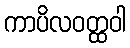
ကာပိလဝတ္ထဝါ